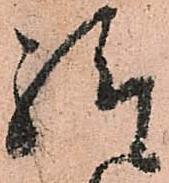
給